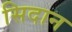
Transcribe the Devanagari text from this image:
सिदान